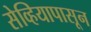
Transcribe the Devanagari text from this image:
सेव्हियापासून